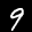
Label: 9